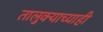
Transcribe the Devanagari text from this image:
तालुक्याच्याही